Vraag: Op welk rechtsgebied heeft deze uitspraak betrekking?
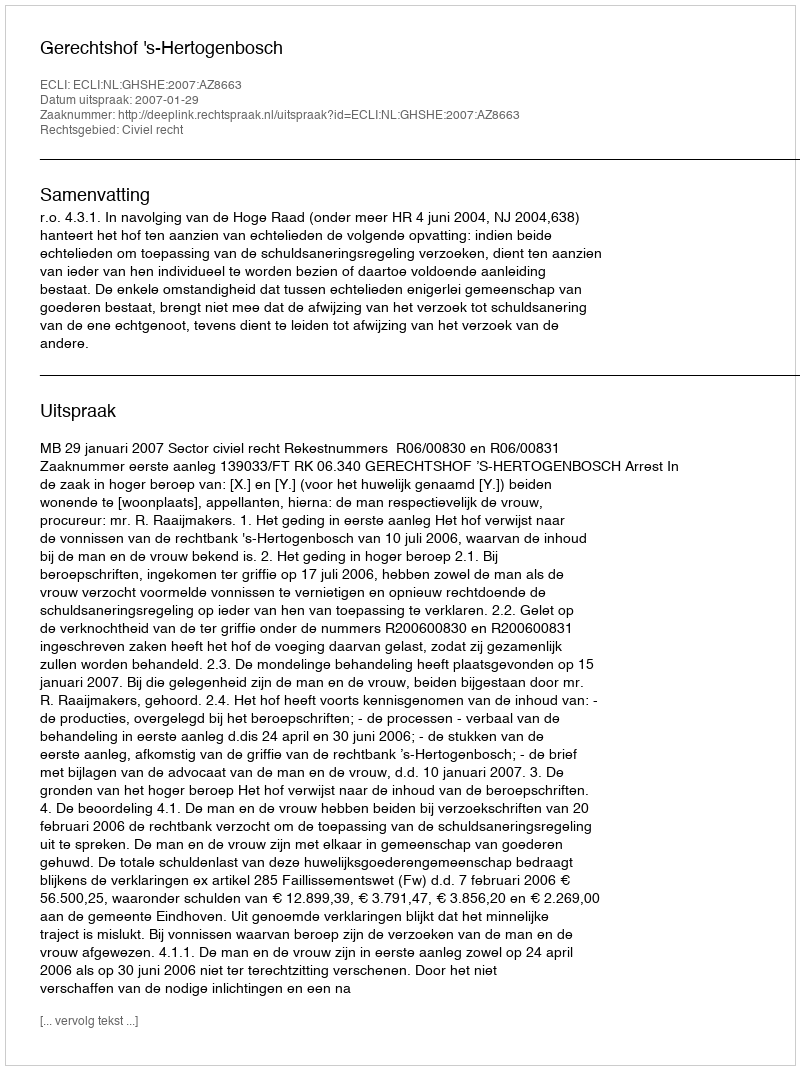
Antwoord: Civiel recht